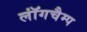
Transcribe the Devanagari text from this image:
लॉंगचैम्प